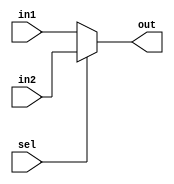
module mux2to1(out,sel,in1,in2);
    input [31:0] in1,in2;
    input sel;
    output reg [31:0] out;
    always @(in1 or in2 or sel) begin
        if(sel == 0) out = in1;
        else out = in2;
    end
endmodule

module mux4to1(out,sel,in1,in2,in3,in4);
    input in1,in2,in3,in4;
    input [1:0] sel;
    output reg out;
    always @(in1 or in2 or in3 or sel) begin
        if(sel == 0) out = in1;
        else if(sel == 1) out = in2;
        else if(sel == 2) out = in3;
        else out = in4;
    end
endmodule

module bit8_4to1mux(out,sel,in1,in2,in3,in4);
    input [7:0] in1,in2, in3, in4;
    output [7:0] out;
    input [1:0] sel;
    genvar j;
    generate 
        for (j=0; j<8;j=j+1) 
            mux4to1 m1(out[j],sel,in1[j],in2[j],in3[j],in4[j]);
    endgenerate
endmodule

module bit32_4to1mux(out,sel,in1,in2,in3,in4);
    input [31:0] in1,in2,in3,in4;
    output [31:0] out;
    input [1:0] sel;
    genvar j;
    generate
        for(j=0; j<4;j=j+1)
            bit8_4to1mux m1(out[8*(j+1)-1:8*j], sel, in1[8*(j+1)-1:8*j], in2[8*(j+1)-1:8*j], in3[8*(j+1)-1:8*j], in4[8*(j+1)-1:8*j]);
    endgenerate
endmodule

module bit32AND (out,in1,in2);
    input [31:0] in1,in2;
    output [31:0] out;
    assign {out}=in1 &in2;
endmodule

module bit32OR (out,in1,in2);
    input [31:0] in1,in2;
    output [31:0] out;
    assign {out}=in1 |in2;
endmodule

module DECODER(d0,d1,d2,d3,d4,d5,d6,d7,x,y,z);
    input x,y,z;
    output d0,d1,d2,d3,d4,d5,d6,d7;
    wire x0,y0,z0;

    not n1(x0,x);
    not n2(y0,y);
    not n3(z0,z);
    and a0(d0,x0,y0,z0);
    and a1(d1,x0,y0,z);
    and a2(d2,x0,y,z0);
    and a3(d3,x0,y,z);
    and a4(d4,x,y0,z0);
    and a5(d5,x,y0,z);
    and a6(d6,x,y,z0);
    and a7(d7,x,y,z);
endmodule

module FADDER(s,c,x,y,z);
    input x,y,z;
    wire d0,d1,d2,d3,d4,d5,d6,d7;
    output s,c;
    DECODER dec(d0,d1,d2,d3,d4,d5,d6,d7,x,y,z);
    assign s = d1 | d2 | d4 | d7, c = d3 | d5 | d6 | d7;
endmodule

module eight_fadder(s,c,x,y,z);
    input [7:0] x, y;
    input z;
    output [7:0] s;
    output c;
    wire c0, c1, c2, c3, c4, c5, c6;

    FADDER f0(s[0], c0, x[0], y[0], z);
    FADDER f1(s[1], c1, x[1], y[1], c0);
    FADDER f2(s[2], c2, x[2], y[2], c1);
    FADDER f3(s[3], c3, x[3], y[3], c2);
    FADDER f4(s[4], c4, x[4], y[4], c3);
    FADDER f5(s[5], c5, x[5], y[5], c4);
    FADDER f6(s[6], c6, x[6], y[6], c5);
    FADDER f7(s[7], c, x[7], y[7], c6);
endmodule

module thirty_two_fadder(s,c,x,y,z);
    input [31:0] x, y;
    input z;
    output [31:0] s;
    output c;
    wire c0, c1, c2;

    eight_fadder e0(s[7:0], c0, x[7:0], y[7:0], z);
    eight_fadder e1(s[15:8], c1, x[15:8], y[15:8], c0);
    eight_fadder e2(s[23:16], c2, x[23:16], y[23:16], c1);
    eight_fadder e3(s[31:24], c, x[31:24], y[31:24], c2);
endmodule

module ALU(a,b,Binvert,Carryin,Operation,Result,CarryOut);
    input [31:0] a, b;
    input Binvert, Carryin;
    input [1:0] Operation;
    output [31:0] Result;
    output CarryOut;
    wire [31:0] wAnd, wOr, wAdd, wMux, notB;
    assign {notB} = ~b;
    bit32AND a1(wAnd, a, b);
    bit32OR o1(wOr, a, b);
    mux2to1 m1(wMux, Binvert, b, notB);
    thirty_two_fadder s1(wAdd, CarryOut, a, wMux, Binvert);
    bit32_4to1mux m2(Result, Operation, wAnd, wOr, wAdd, wAdd);
endmodule

module ALUcontrol (Op, ALUOp0, ALUOp1, Func);
    output [2:0] Op;
    input ALUOp0, ALUOp1;
    input [5:0] Func;
    assign Op[0] = ALUOp1 & (Func[3] | Func[0]);
    assign Op[1] = ~ALUOp0 | ~Func[2];
    assign Op[2] = ALUOp0 | (ALUOp1 & Func[1]);
endmodule

module  ANDarray (RegDst, ALUSrc, MemToReg, RegWrite, MemRead, MemWrite, Branch, ALUOp0, ALUOp1, Op);
    output  RegDst, ALUSrc, MemToReg, RegWrite, MemRead, MemWrite, Branch, ALUOp0, ALUOp1;
    input [5:0] Op;
    wire  RFormat, LW, SW, BEQ;
    assign  RFormat = (~Op[5])&(~Op[4])&(~Op[3])&(~Op[2])&(~Op[1])&(~Op[0]);
    assign  LW = (Op[5])&(~Op[4])&(~Op[3])&(~Op[2])&(Op[1])&(Op[0]);
    assign  SW = (Op[5])&(~Op[4])&(Op[3])&(~Op[2])&(Op[1])&(Op[0]);
    assign  BEQ = (~Op[5])&(~Op[4])&(~Op[3])&(Op[2])&(~Op[1])&(~Op[0]);
    assign  RegDst = RFormat;
    assign  ALUSrc = LW | SW;
    assign  MemToReg = LW;
    assign  RegWrite = RFormat | LW;
    assign  MemRead = LW;
    assign  MemWrite = SW;
    assign  Branch = BEQ;
    assign  ALUOp0 = RFormat;
    assign  ALUOp1 = BEQ;
endmodule

module tbALU;
    reg Binvert, Carryin;
    reg [1:0] Operation;
    reg [31:0] a,b;
    wire [31:0] Result;
    wire CarryOut;
    ALU a1(a,b,Binvert,Carryin,Operation,Result,CarryOut);
    initial begin
        $monitor($time, " a=%b b=%b Carryin=%b Operation=%b Result=%b Carryout=%b",a,b,Carryin,Operation,Result,CarryOut);
        a=32'h00aaaaaa;
        b=32'h00000aaa;
        Operation=2'b00;
        Binvert=1'b0;
        Carryin=1'b0; //must perform AND resulting in zero
        #100 Operation=2'b01; //OR
        #100 Operation=2'b10; //ADD
        #100 Binvert=1'b1;//SUB
        #200 $finish;
    end
endmodule